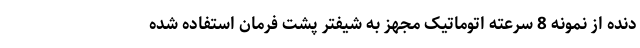
دنده از نمونه 8 سرعته اتوماتیک مجهز به شیفتر پشت فرمان استفاده شده